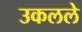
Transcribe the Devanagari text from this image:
उकलले